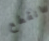
انقطع